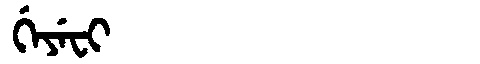
Manchu: ᡤᡝᠶᡝᠸᡳ
Romanization: GEYEFI